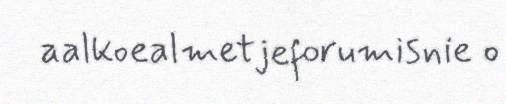
aalkoealmetjeforumisnie o